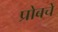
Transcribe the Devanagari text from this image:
प्रोबचे